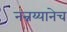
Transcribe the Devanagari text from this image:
नन्नय्यानेच